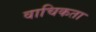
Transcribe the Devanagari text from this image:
वाचिकता